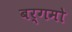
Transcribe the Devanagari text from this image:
बर्गमो